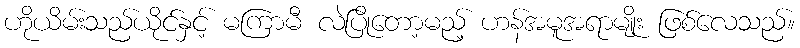
ဟိုယိမ်းသည်ယိုင်နှင့် မကြာမီ လဲပြိုတော့မည့် ဟန်အမူအရာမျိုး ဖြစ်လေသည်။